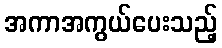
အကာအကွယ်ပေးသည့်